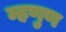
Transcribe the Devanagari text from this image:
म्हणुण